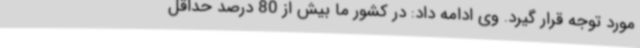
مورد توجه قرار گیرد. وی ادامه داد: در کشور ما بیش از 80 درصد حداقل